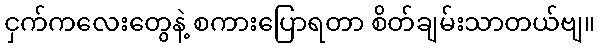
ငှက်ကလေးတွေနဲ့ စကားပြောရတာ စိတ်ချမ်းသာတယ်ဗျ။